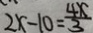
2 x - 1 0 = \frac { 4 x } { 3 }